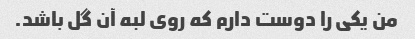
من یکی را دوست دارم که روی لبه آن گل باشد.